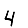
Digit: 4